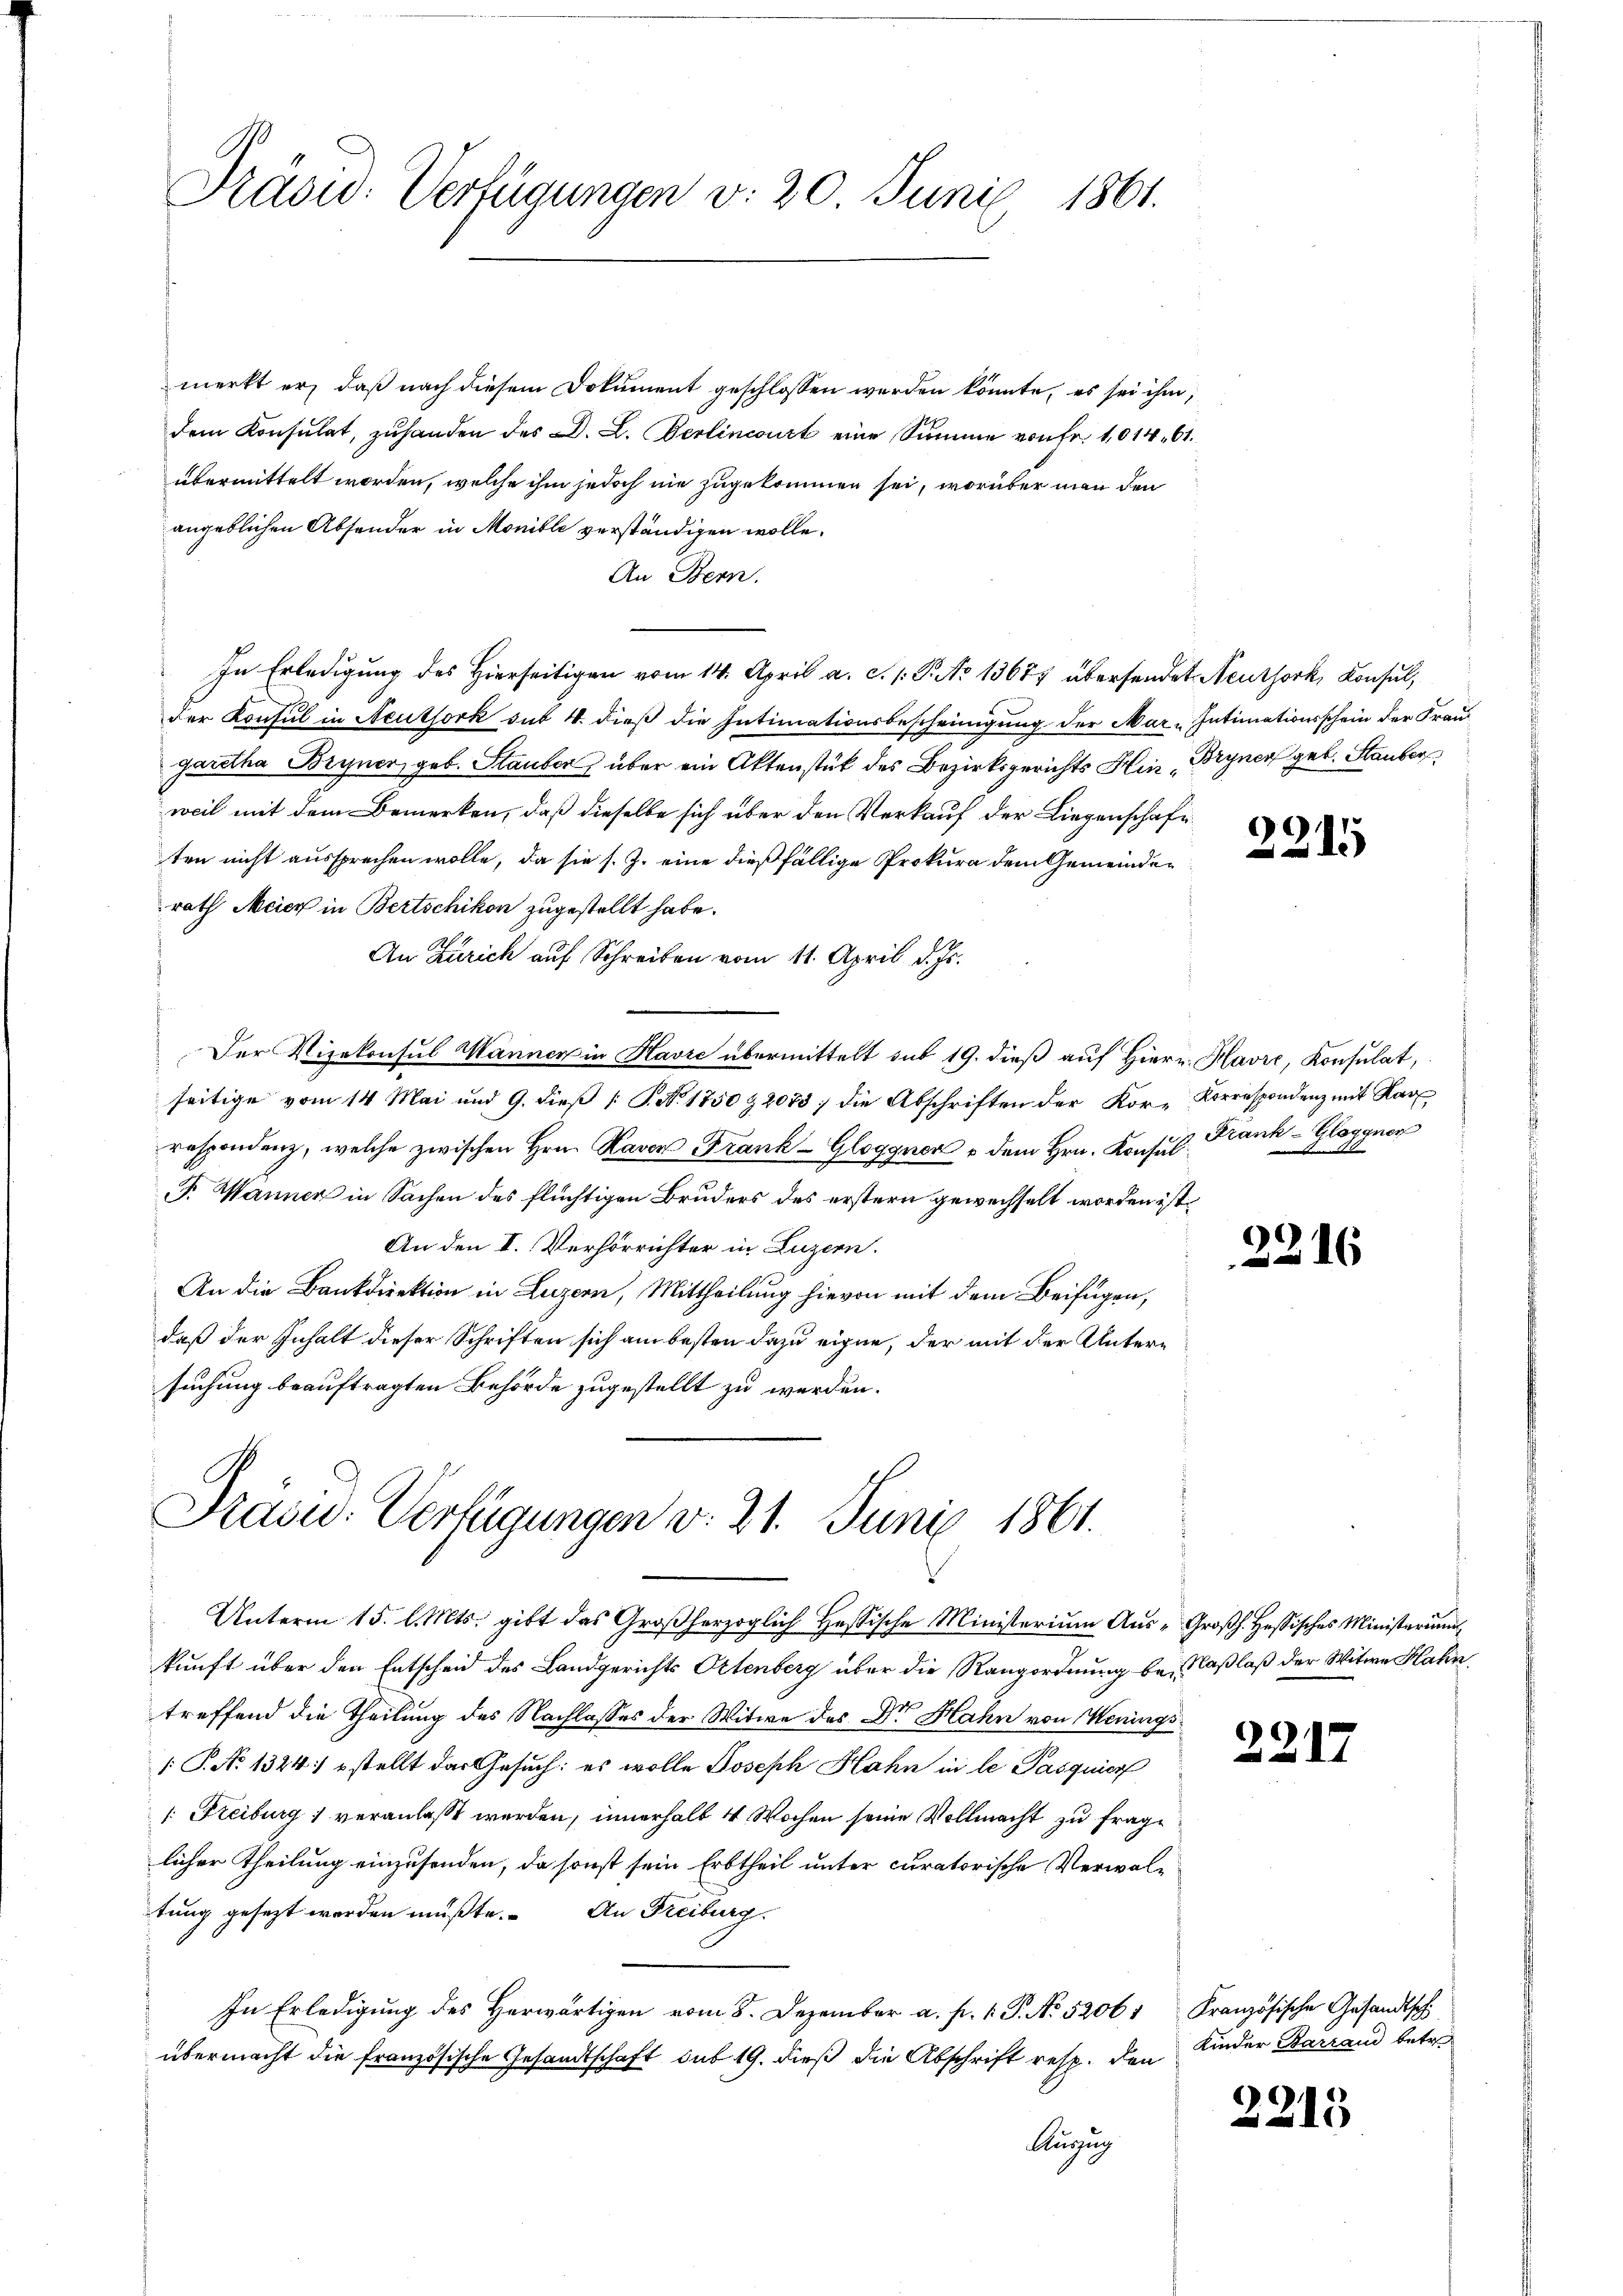
Fräsw: Verfügungen v. 20. Juni 1861.

merkt er, daß nach diesem Dokument geschlossen werden könnte, es sei ihm,
dem Konsulat, zŭhanden des D. L. Berlincourt eine Summe von fr. 1014. 61.
übermittelt worden, welche ihm jedoch nie zugekommen sei, worüber man den
angeblichen Absonder in Monible verständigen wolle.
An Bern.
In Erledigung des Hierseitigen vom 14. April a. c. 1: P. No 13677 übersendet Neuthork, Konsul,
Der Konsul in Neuthork sut 4. dieß die Intimationsbescheinigung der Mar-Intimationsschein der Frau
garetha Bryner, geb. Stauber, über ein Aktenstück des Bezirksgerichts Hin „Bryner geb. Stauber
weil mit dem Bemerken, daß dieselbe sich über den Verkauf der Liegenschafe
ten nicht aussprechen wolle, da sie s. Z. eine dießfällige Prokura dem Gemeinderath Meier in Bertschikon zugestellt habe.
An Zürich auf Schreiben vom 11. April d. Js.
Der Vizekonsul Wannen in Havre übermittelt sub 19. dieß auf Hiern. Havre, Konsulat,
seitige vom 14. Mai und 9. dieß [S. N. 1750 & 2075 die Abschriften der Kor-Korrespondenz mit Kar
respondenz, welche zwischen Hrn. Raven Frank-Gloggner u dem Hrn. Konsul¬
F. Wanner in Sachen des flüchtigen Bruders des erstern gewechselt worden ist,
An den II. Verhörrichter in Luzern.
An die Bankdirektion in Luzern, Mittheilung hievon mit dem Beifügen,
daß der Inhalt dieser Schriften sich am besten dazu eigne, der mit der Untersuchung beauftragten Behörde zugestellt zu werden.

Pašid: Verfügungen v. 21. Juni 1861.

Unterm 15. l. Mts. gibt das Großherzoglich Hessische Ministerium Aus-Großh. Hessisches Ministerium
kunft über den Entscheid des Landgerichts Ortenberg über die Rangordnung be-Kaßlaß der Witwe Hahn
treffend die Theilung des Nachlasses der Witwe des Dr Hahn von Wenings
 P. No 1324 stellt das Gesuch: es wolle Joseph Hahn in le Pasquier
 Freiburg veranlaßt werden, innerhalb 4 Wochen seine Vollmacht zu frage
licher Theilung einzusenden, da sonst sein Erbtheil unter curatorische Verwaltung gesezt worden müßte. An Freiburg.
In Erledigŭng des herwärtigen vom 8. Dezember a. f. 1. P. No. 52061, Französische Gesandtschi
übermacht die französische Gesandtschaft sub 19. dieß die Abschrift resp. den
Auszug

c
2

Frank-Gloggner
5

2216

2217

Kinder Barrand betr.

2215